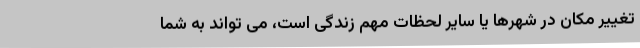
تغییر مکان در شهرها یا سایر لحظات مهم زندگی است، می تواند به شما